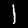
Digit: 1